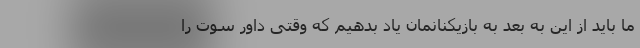
ما باید از این به بعد به بازیکنانمان یاد بدهیم که وقتی داور سوت را